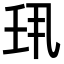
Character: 𫡖